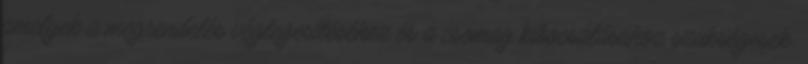
amelyek a megrendelés véglegesítéséhez és a csomag kibocsátásához szükségesek.